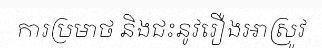
ការប្រមាថ និងជះនូវរឿងអាស្រូវ